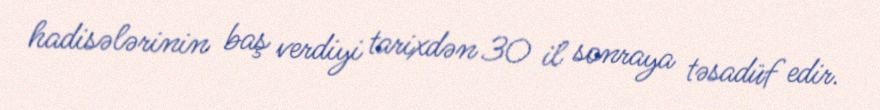
hadisələrinin baş verdiyi tarixdən 30 il sonraya təsadüf edir.